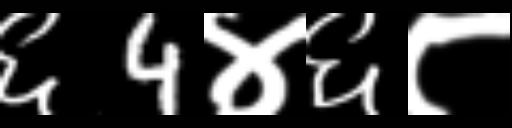
Text: ६4४६८